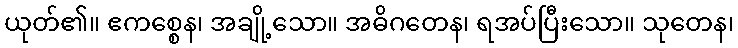
ယုတ်၏။ ဧကစ္စေန၊ အချို့သော။ အဓိဂတေန၊ ရအပ်ပြီးသော။ သုတေန၊